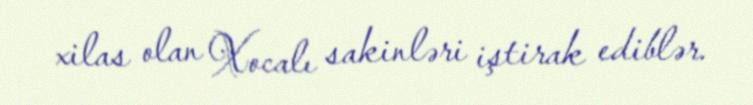
xilas olan Xocalı sakinləri iştirak ediblər.